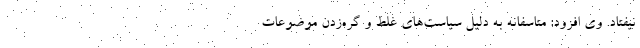
نیفتاد. وی افزود: متاسفانه به دلیل سیاست‌های غلط و گره‌زدن موضوعات